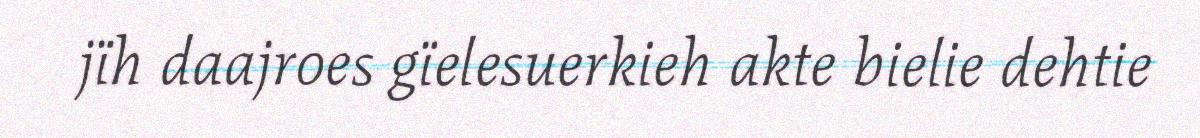
jïh daajroes gïelesuerkieh akte bielie dehtie